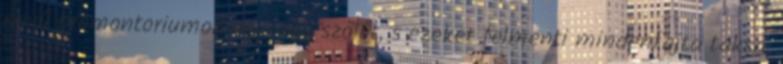
nevű promontoriumon egy-egy szőlőt, s ezeket felmenti mindenfajta taksa,